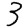
Digit: 3